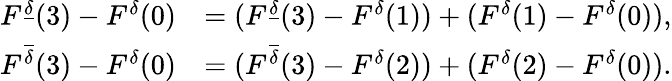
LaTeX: \begin{array}{rl}{F^{\underline{\delta}}(3)-F^{\delta}(0)}&{=(F^{\underline{\delta}}(3)-F^{\delta}(1))+(F^{\delta}(1)-F^{\delta}(0)),}\\ {F^{\overline{\delta}}(3)-F^{\delta}(0)}&{=(F^{\overline{\delta}}(3)-F^{\delta}(2))+(F^{\delta}(2)-F^{\delta}(0)).}\end{array}